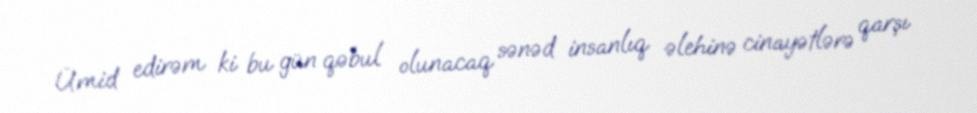
Ümid edirəm ki bu gün qəbul olunacaq sənəd insanlıq əlehinə cinayətlərə qarşı